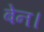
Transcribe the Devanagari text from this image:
बेन।